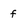
Character: f